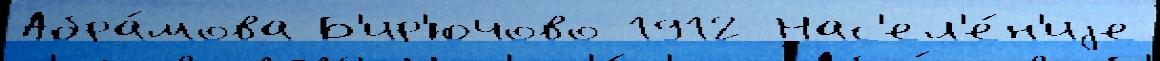
Абра́мова Б'ир'ючово 1912 Нас'ел'е́н'иjе